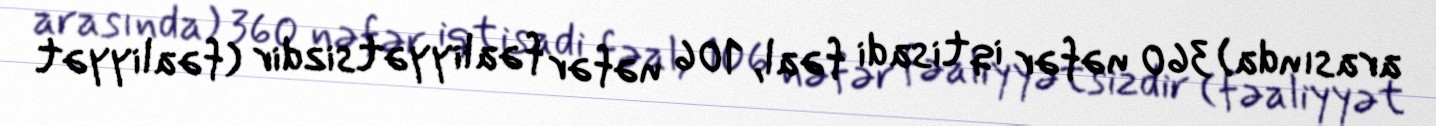
arasında) 360 nəfər iqtisadi fəal, 106 nəfər fəaliyyətsizdir (fəaliyyət